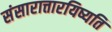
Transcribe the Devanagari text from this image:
संसारात्तारयिष्यति